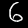
Label: 6